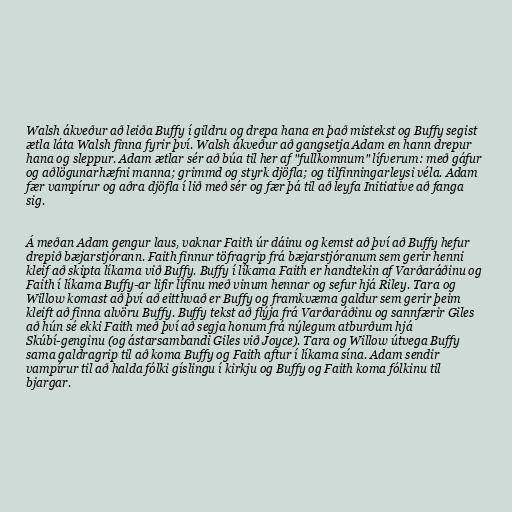
Walsh ákveður að leiða Buffy í gildru og drepa hana en það mistekst og Buffy segist
ætla láta Walsh finna fyrir því. Walsh ákveður að gangsetja Adam en hann drepur
hana og sleppur. Adam ætlar sér að búa til her af "fullkomnum" lífverum: með gáfur
og aðlögunarhæfni manna; grimmd og styrk djöfla; og tilfinningarleysi véla. Adam
fær vampírur og aðra djöfla í lið með sér og fær þá til að leyfa Initiative að fanga
sig.

Á meðan Adam gengur laus, vaknar Faith úr dáinu og kemst að því að Buffy hefur
drepið bæjarstjórann. Faith finnur töfragrip frá bæjarstjóranum sem gerir henni
kleif að skipta líkama við Buffy. Buffy í líkama Faith er handtekin af Varðaráðinu og
Faith í líkama Buffy-ar lifir lífinu með vinum hennar og sefur hjá Riley. Tara og
Willow komast að því að eitthvað er Buffy og framkvæma galdur sem gerir þeim
kleift að finna alvöru Buffy. Buffy tekst að flýja frá Varðaráðinu og sannfærir Giles
að hún sé ekki Faith með því að segja honum frá nýlegum atburðum hjá
Skúbí-genginu (og ástarsambandi Giles við Joyce). Tara og Willow útvega Buffy
sama galdragrip til að koma Buffy og Faith aftur í líkama sína. Adam sendir
vampírur til að halda fólki gíslingu í kirkju og Buffy og Faith koma fólkinu til
bjargar.